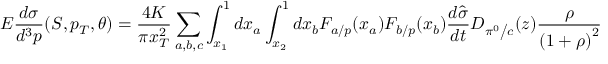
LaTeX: E \frac { { d \sigma } } { { d ^ { 3 } p } } ( S , p _ { T } , \theta ) = \frac { { 4 K } } { { \pi x _ { T } ^ { 2 } } } \sum _ { a , b , c } { \int _ { x _ { 1 } } ^ { 1 } { d x _ { a } } \int _ { x _ { 2 } } ^ { 1 } { d x _ { b } F _ { { a \mathord { \left/ { \vphantom { a p } } \right. \kern - \nulldelimiterspace } p } } ( x _ { a } ) F _ { { b \mathord { \left/ { \vphantom { b p } } \right. \kern - \nulldelimiterspace } p } } ( x _ { b } ) \frac { { d \hat { \sigma } } } { { d t } } D _ { { { \pi ^ { 0 } } \mathord { \left/ { \vphantom { { \pi ^ { 0 } } c } } \right. \kern - \nulldelimiterspace } c } } ( z ) \frac { \rho } { { \left( { 1 + \rho } \right) ^ { 2 } } } } }